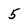
Character: 5